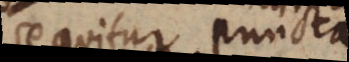
sequitur puncta